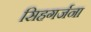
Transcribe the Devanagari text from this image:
सिहगर्जना